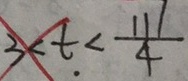
3 < t < \frac { 1 1 } { 4 }